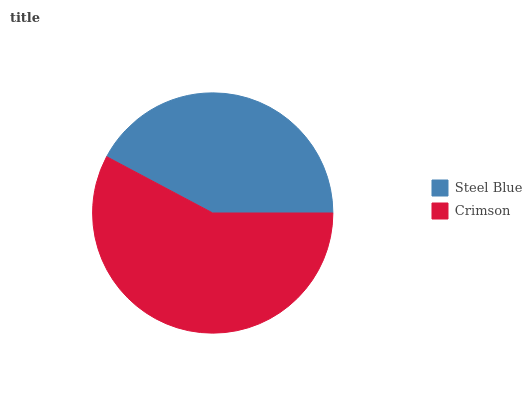
| Steel Blue | Crimson |
 | --- | --- |
 | 42.2% | 57.8% |